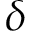
\delta